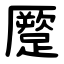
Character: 蹷